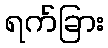
ရက်ခြား